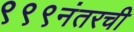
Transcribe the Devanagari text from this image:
९९९नंतरची